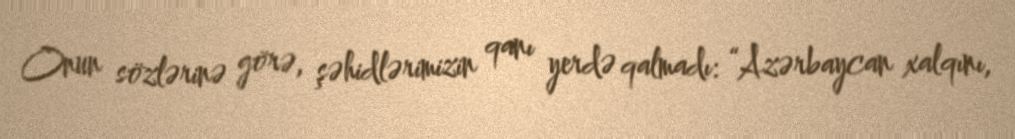
Onun sözlərinə görə, şəhidlərimizin qanı yerdə qalmadı: “Azərbaycan xalqını,